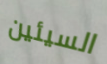
السيئين